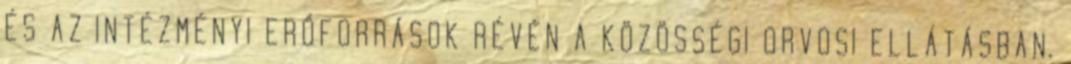
ÉS AZ INTÉZMÉNYI ERŐFORRÁSOK RÉVÉN A KÖZÖSSÉGI ORVOSI ELLÁTÁSBAN.